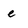
Character: e